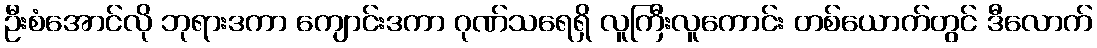
ဦးစံအောင်လို ဘုရားဒကာ ကျောင်းဒကာ ဂုဏ်သရေရှိ လူကြီးလူကောင်း တစ်ယောက်တွင် ဒီလောက်